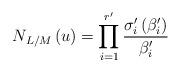
LaTeX: \begin{align*}N_{L/M}\left(u\right) = \displaystyle\prod_{i=1}^{r'} \frac{\sigma'_i\left(\beta'_i\right)}{\beta'_i}\end{align*}